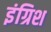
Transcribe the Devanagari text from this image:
इंग्रिश